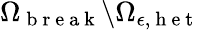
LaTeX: {\Omega}_{\mathrm{~b~r~e~a~k~}}\backslash{\Omega}_{\epsilon,\mathrm{~h~e~t~}}